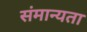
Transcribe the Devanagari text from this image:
संमान्यता